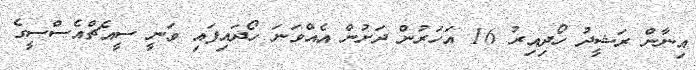
އިނާން ރަޝީދު ހޯދިއިރު 16 އަހަރުން ދަށުން އެއްވަނަ ހޯދައިފައި ވަނީ ސީއެޗްއެސްސީގެ